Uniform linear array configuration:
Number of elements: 64
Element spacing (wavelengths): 1
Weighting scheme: kaiser
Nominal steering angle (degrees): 45
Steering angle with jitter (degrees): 46.528
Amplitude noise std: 0.05
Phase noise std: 0.05

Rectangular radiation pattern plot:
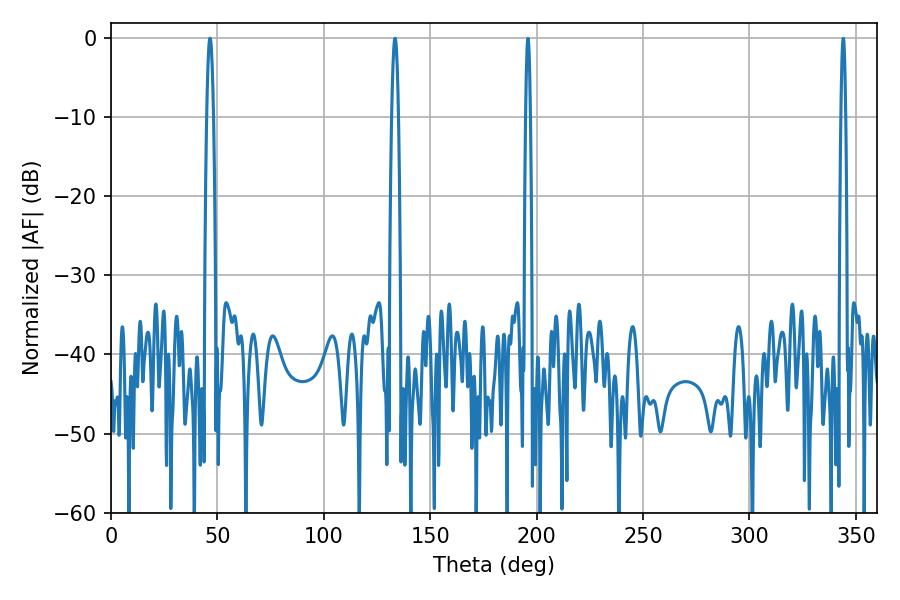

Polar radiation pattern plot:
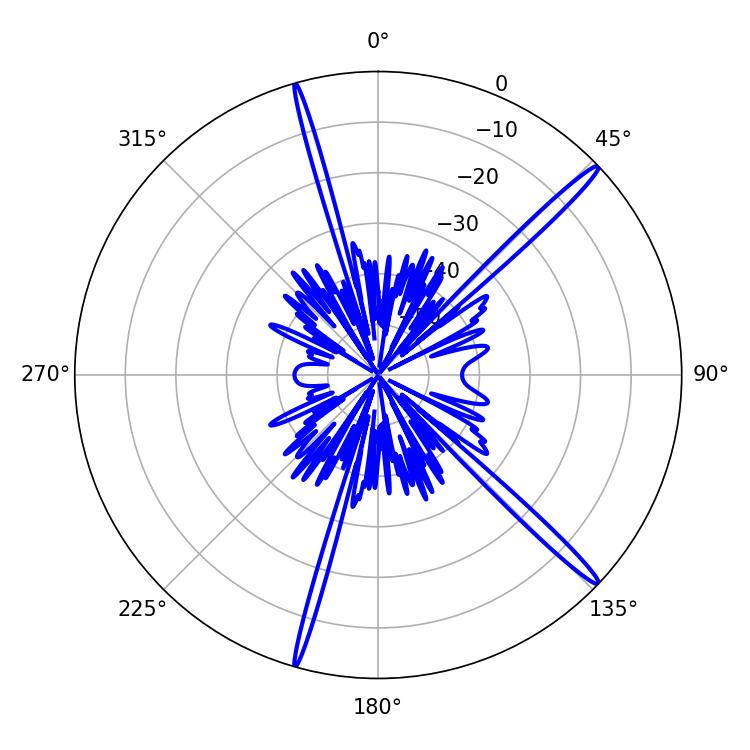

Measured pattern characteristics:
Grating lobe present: TRUE
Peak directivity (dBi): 17.455
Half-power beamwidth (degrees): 1.62
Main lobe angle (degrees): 46.44